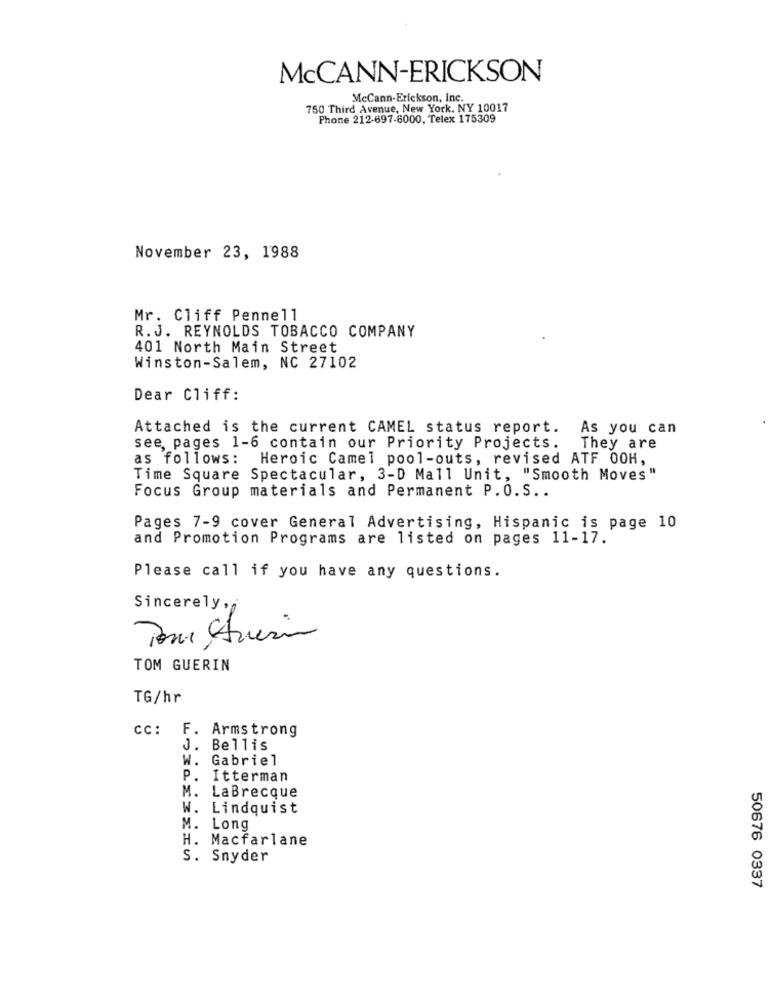
McCANN-ERICKSON
McCann-Erickson, Inc.
750 Third Avenue, New York, NY 10017
Phone 212-697-6000. Telex 175309
November 23, 1988
Mr. Cliff Pennell
R.J. REYNOLDS TOBACCO COMPANY
401 North Main Street
Winston-Salem, NC 27102
Dear Cliff:
Attached is the current CAMEL status report. As you can
see, pages 1-6 contain our Priority Projects. They are
as follows: Heroic Camel pool-outs, revised ATF OOH,
Time Square Spectacular, 3-D Mall Unit, "Smooth Moves"
Focus Group materials and Permanent P.O.S ..
Pages 7-9 cover General Advertising, Hispanic is page 10
and Promotion Programs are listed on pages 11-17.
Please call if you have any questions.
Sincerely,
TOM GUERIN
TG/hr
cc: F. Armstrong
J.
Bellis
W. Gabriel
P. Itterman
M.
LaBrecque
W.
Lindquist
M. Long
H. Macfarlane
S. Snyder
50676 0337